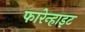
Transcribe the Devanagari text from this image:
फारेन्हाइट